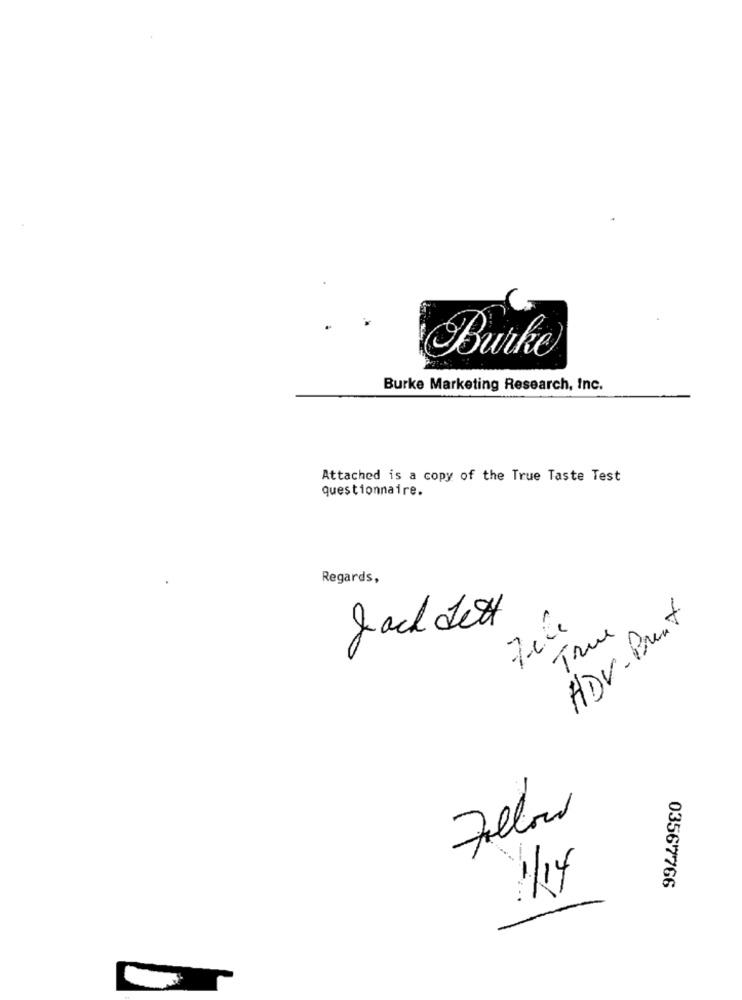
Burke
Burke Marketing Research, Inc.
Attached is a copy of the True Taste Test
questionnaire.
Regards,
HDV-Brent
True
Follow
03567766